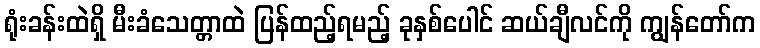
ရုံးခန်းထဲရှိ မီးခံသေတ္တာထဲ ပြန်ထည့်ရမည့် ခုနှစ်ပေါင် ဆယ်ချီလင်ကို ကျွန်တော်က